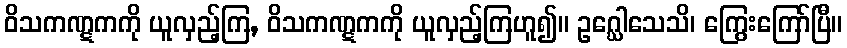
ဝိသကဏ္ဋကကို ယူလှည့်ကြ, ဝိသကဏ္ဋကကို ယူလှည့်ကြဟူ၍။ ဥဂ္ဃေါသေသိ၊ ကြွေးကြော်ပြီ။